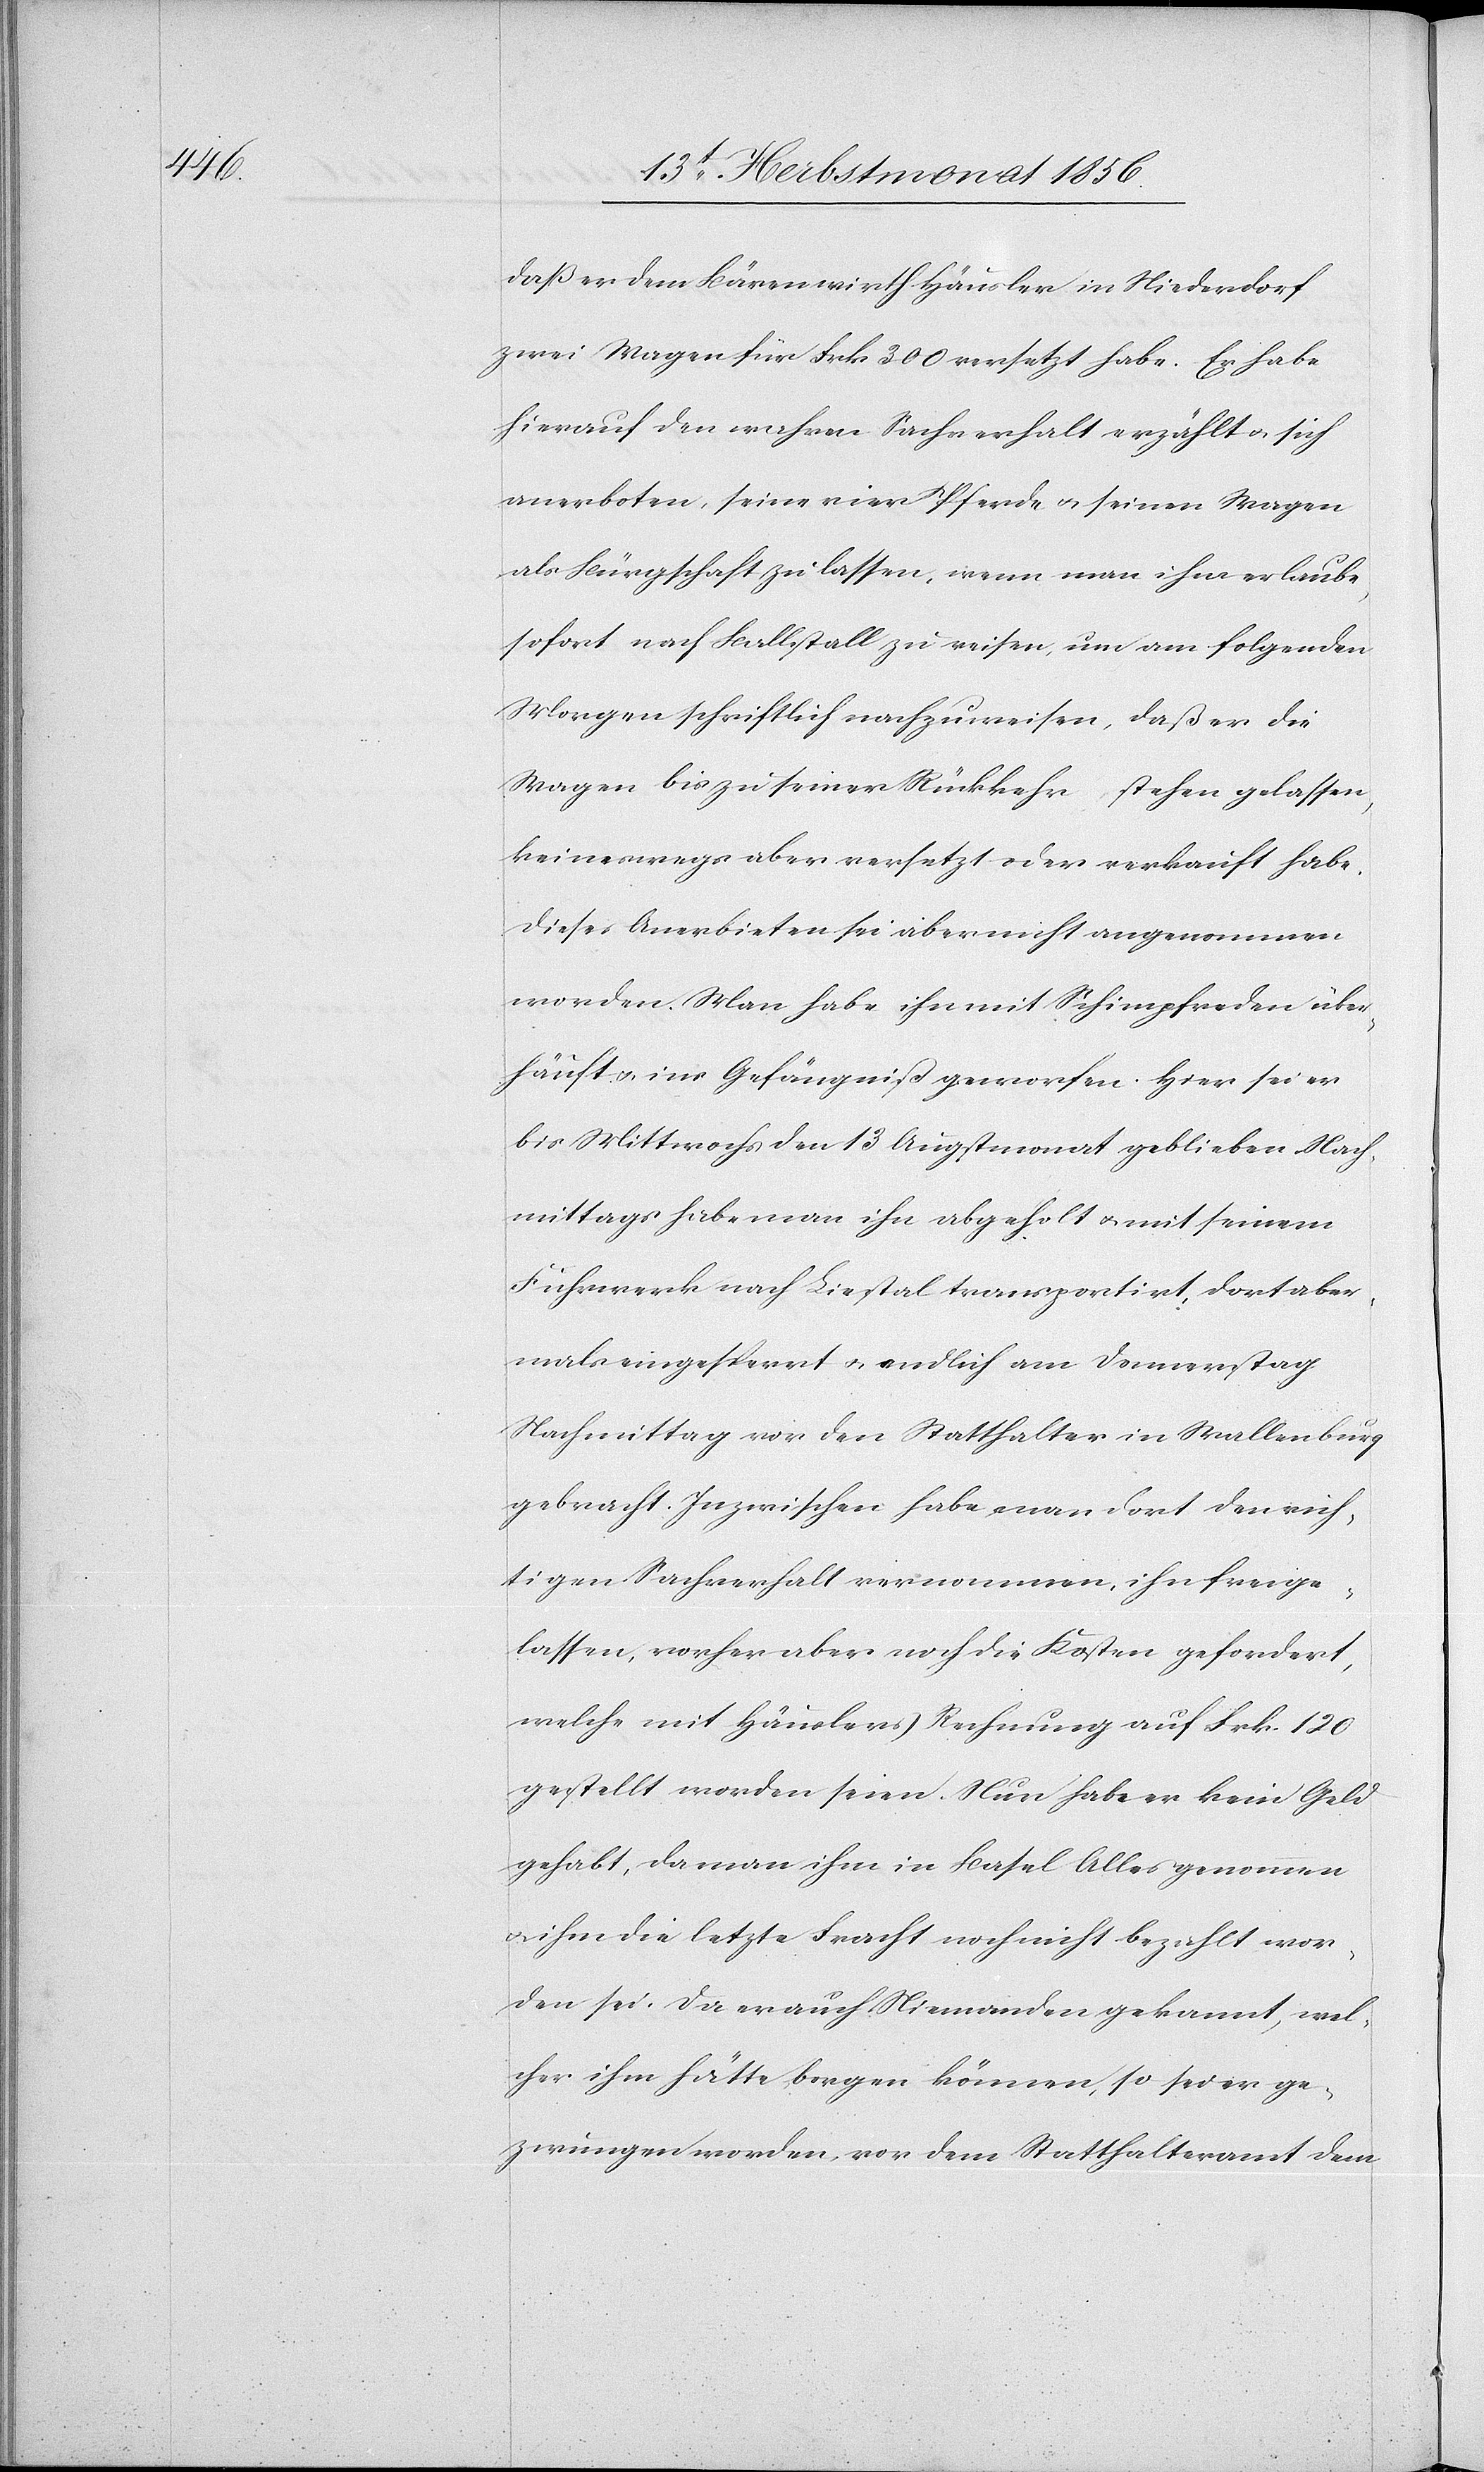
daß er dem Bärenwirth Häusler in Niederdorf
zwei Wagen für Frk. 300 versetzt habe. Er habe
hierauf den wahren Sachverhalt erzählt u. sich
anerboten, seine vier Pferde u. seinen Wagen
als Bürgschaft zu lassen, wenn man ihm erlaube,
sofort nach Ballstall zu reisen, um am folgenden
Morgen schriftlich nachzuweisen, daß er die
Wagen bis zu seiner Rückkehr stehen gelassen,
keineswegs aber versetzt oder verkauft habe.
Dieses Anerbieten sei aber nicht angenommen
worden. Man habe ihn mit Schimpfreden über¬
häuft u. ins Gefängniß geworfen. Hier sei er
bis Mittwochs den 13 Augstmonat geblieben. Nach¬
mittags habe man ihn abgeholt u. mit seinem
Fuhrwerk nach Liestal transportirt, dort aber¬
mals eingesperrt u. endlich am Donnerstag
Nachmittag vor den Statthalter in Wallenburg
gebracht. Inzwischen habe man dort den rich¬
tigen Sachverhalt vernommen, ihn freige¬
lassen, vorher aber noch die Kosten gefordert,
welche mit Häuslers Rechnung auf Frk. 120
gestellt worden seien. Nun habe er kein Geld
gehabt, da man ihm in Basel Alles genommen
u. ihm die letzte Fracht noch nicht bezahlt wor¬
den sei. Da er auch Niemanden gekannt, wel¬
cher ihm hätte borgen können, so sei er ge¬
zwungen worden, vor dem Statthalteramt dem